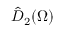
\hat { D } _ { 2 } ( \Omega )